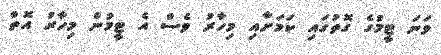
ވަނަ ޓީމުގެ ގޮތުގައި ކަމަށާއި މިހާރު ވެސް އެ ޓީމުން މިހާރު އޮތް